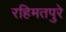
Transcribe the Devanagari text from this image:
रहिमतपुरे